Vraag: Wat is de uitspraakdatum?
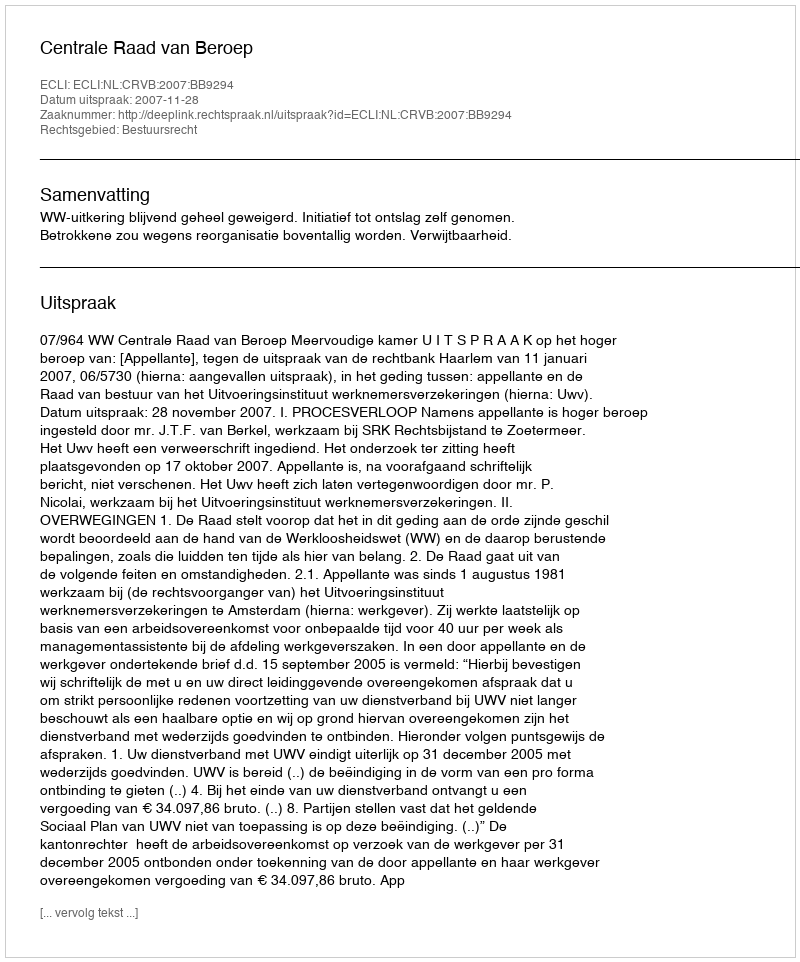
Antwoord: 2007-11-28